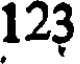
123